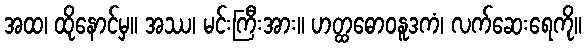
အထ၊ ထိုနောင်မှ။ အဿ၊ မင်းကြီးအား။ ဟတ္ထဓောဝနူဒကံ၊ လက်ဆေးရေကို။